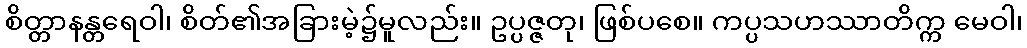
စိတ္တာနန္တရေဝါ၊ စိတ်၏အခြားမဲ့၌မူလည်း။ ဥပ္ပဇ္ဇတု၊ ဖြစ်ပစေ။ ကပ္ပသဟဿာတိက္က မေဝါ၊